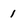
Character: 1